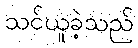
သင်ယူခဲ့သည်